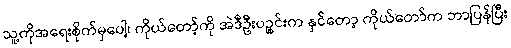
သူ့ကိုအရေးစိုက်မှပေါ့၊ ကိုယ်တော့်ကို အဲဒီဦးပဉ္စင်းက နှင်တော့ ကိုယ်တော်က ဘာပြန်ပြီး